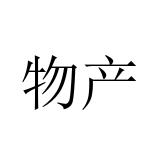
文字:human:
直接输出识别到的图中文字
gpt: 物产